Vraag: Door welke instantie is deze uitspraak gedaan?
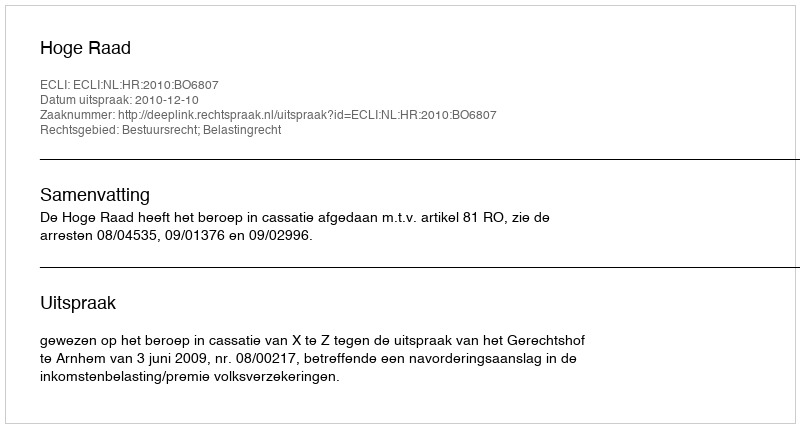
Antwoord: Hoge Raad